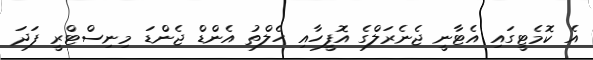
އެ ކޮމެޓީގައި އެޓާނީ ޖެނެރަލްގެ އޮފީހާއި ހެލްތު އެންޑް ޖެންޑަ މިނިސްޓްރީ ފަދަ